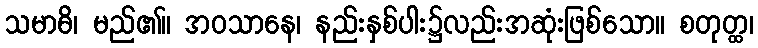
သမာဓိ၊ မည်၏။ အဝသာနေ၊ နည်းနှစ်ပါး၌လည်းအဆုံးဖြစ်သော။ စတုတ္ထ၊